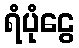
ရံပုံငွေ